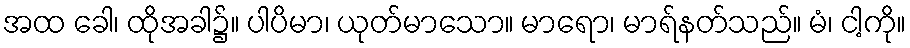
အထ ခေါ၊ ထိုအခါ၌။ ပါပိမာ၊ ယုတ်မာသော။ မာရော၊ မာရ်နတ်သည်။ မံ၊ ငါ့ကို။